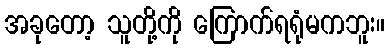
အခုတော့ သူတို့ကို ကြောက်ရရုံမကဘူး။